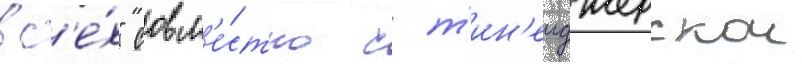
вс'е́х" совм'е́стно с т'ин'еиджерскои